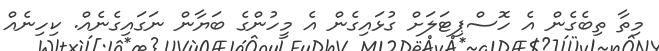
މިތާ ތިބެގެން އެ ހޮސްޕިޓަލަށް ގުޅައިގެން އެ މީހުންގެ ބަޔާން ނަގައިގެނެއް. ކިހިނެއް